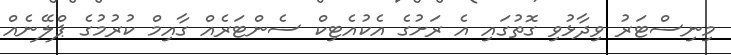
މިނިސްޓަރު ވިދާޅުވި ގޮތުގައި އެ ރަށުގެ އެކުއެޓިކް ސެންޓަރެއް ގާއިމް ކުރުމުގެ ޕްލޭނެއް